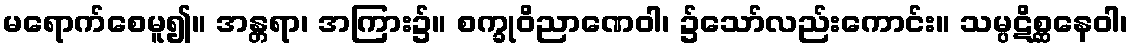
မရောက်စေမူ၍။ အန္တရာ၊ အကြား၌။ စက္ခုဝိညာဏေဝါ၊ ၌သော်လည်းကောင်း။ သမ္ပဋိစ္ဆနေဝါ၊